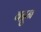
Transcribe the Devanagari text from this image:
बद्रुन